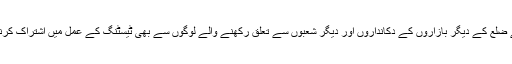
ڈپٹی کمشنر نے ضلع کے دیگر بازاروں کے دکانداروں اور دیگر شعبوں سے تعلق رکھنے والے لوگوں سے بھی ٹیسٹنگ کے عمل میں اشتراک کرنے کی اپیل کی۔